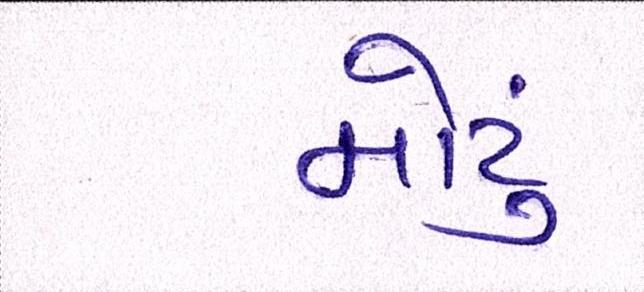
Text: મોટું